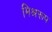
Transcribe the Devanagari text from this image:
मिश्ररूप